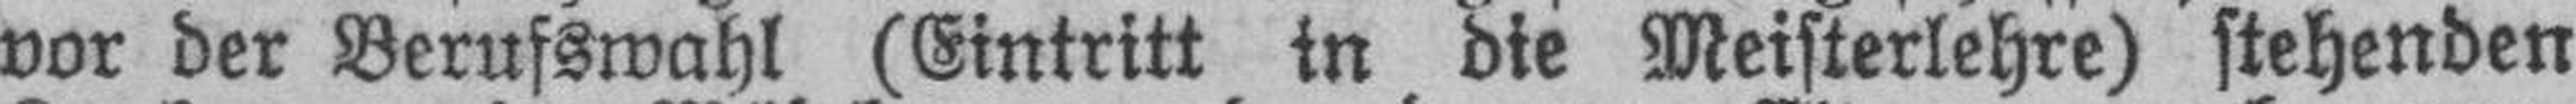
vor der Berufswahl (Eintritt in die Meisterlehre) stehenden